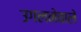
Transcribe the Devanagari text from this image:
उगलनेवाले